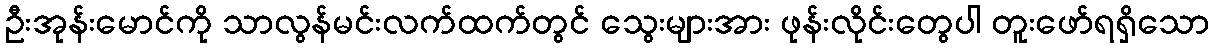
ဦးအုန်းမောင်ကို သာလွန်မင်းလက်ထက်တွင် သွေးများအား ဖုန်းလိုင်းတွေပါ တူးဖော်ရရှိသော